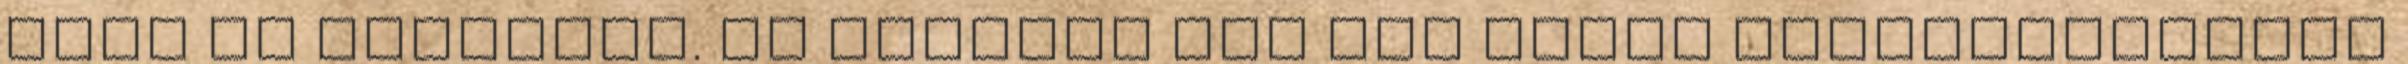
lesz az egészből. Az viszont egy idő múlva kényelmetlenné